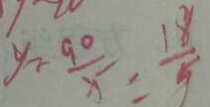
y - \frac { 9 0 } { x } = \frac { 1 8 } { 5 }